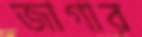
জাগার